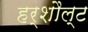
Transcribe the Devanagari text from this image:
हर्शौल्ट